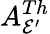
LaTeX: A_{\mathcal{E}^{\prime}}^{Th}